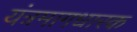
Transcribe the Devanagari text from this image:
यंत्रमागधारक